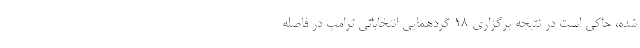
شده، حاکی است در نتیجه برگزاری 18 گردهمایی انتخاباتی ترامپ در فاصله